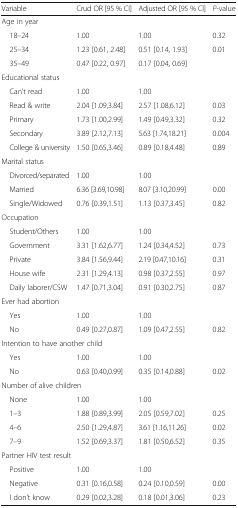
<table><thead><tr><td><b>Variable</b></td><td><b>Crud OR [95 % CI]</b></td><td><b>Adjusted OR [95 % CI]</b></td><td><b><i>P</i>-value</b></td></tr></thead><tbody><tr><td colspan="4">Age in year</td></tr><tr><td> 18–24</td><td>1.00</td><td>1.00</td><td>0.32</td></tr><tr><td> 25–34</td><td>1.23 [0.61, 2.48]</td><td>0.51 [0.14, 1.93]</td><td>0.01</td></tr><tr><td> 35–49</td><td>0.47 [0.22, 0.97]</td><td>0.17 [0.04, 0.69]</td><td>[EMPTY_CELL]</td></tr><tr><td colspan="4">Educational status</td></tr><tr><td> Can’t read</td><td>1.00</td><td>1.00</td><td>[EMPTY_CELL]</td></tr><tr><td> Read &amp; write</td><td>2.04 [1.09,3.84]</td><td>2.57 [1.08,6.12]</td><td>0.03</td></tr><tr><td> Primary</td><td>1.73 [1.00,2.99]</td><td>1.49 [0.49,3.32]</td><td>0.32</td></tr><tr><td> Secondary</td><td>3.89 [2.12,7.13]</td><td>5.63 [1.74,18.21]</td><td>0.004</td></tr><tr><td> College &amp; university</td><td>1.50 [0.65,3.46]</td><td>0.89 [0.18,4.48]</td><td>0.89</td></tr><tr><td colspan="4">Marital status</td></tr><tr><td> Divorced/separated</td><td>1.00</td><td>1.00</td><td>[EMPTY_CELL]</td></tr><tr><td> Married</td><td>6.36 [3.69,10.98]</td><td>8.07 [3.10,20.99]</td><td>0.00</td></tr><tr><td> Single/Widowed</td><td>0.76 [0.39,1.51]</td><td>1.13 [0.37,3.45]</td><td>0.82</td></tr><tr><td colspan="4">Occupation</td></tr><tr><td> Student/Others</td><td>1.00</td><td>1.00</td><td>[EMPTY_CELL]</td></tr><tr><td> Government</td><td>3.31 [1.62,6.77]</td><td>1.24 [0.34,4.52]</td><td>0.73</td></tr><tr><td> Private</td><td>3.84 [1.56,9.44]</td><td>2.19 [0.47,10.16]</td><td>0.31</td></tr><tr><td> House wife</td><td>2.31 [1.29,4.13]</td><td>0.98 [0.37,2.55]</td><td>0.97</td></tr><tr><td> Daily laborer/CSW</td><td>1.47 [0.71,3.04]</td><td>0.91 [0.30,2.75]</td><td>0.87</td></tr><tr><td colspan="4">Ever had abortion</td></tr><tr><td> Yes</td><td>1.00</td><td>1.00</td><td>[EMPTY_CELL]</td></tr><tr><td> No</td><td>0.49 [0.27,0.87]</td><td>1.09 [0.47,2.55]</td><td>0.82</td></tr><tr><td colspan="4">Intention to have another child</td></tr><tr><td> Yes</td><td>1.00</td><td>1.00</td><td>[EMPTY_CELL]</td></tr><tr><td> No</td><td>0.63 [0.40,0.99]</td><td>0.35 [0.14,0.88]</td><td>0.02</td></tr><tr><td colspan="4">Number of alive children</td></tr><tr><td> None</td><td>1.00</td><td>1.00</td><td>[EMPTY_CELL]</td></tr><tr><td> 1–3</td><td>1.88 [0.89,3.99]</td><td>2.05 [0.59,7.02]</td><td>0.25</td></tr><tr><td> 4–6</td><td>2.50 [1.29,4.87]</td><td>3.61 [1.16,11.26]</td><td>0.02</td></tr><tr><td> 7–9</td><td>1.52 [0.69,3.37]</td><td>1.81 [0.50,6.52]</td><td>0.35</td></tr><tr><td colspan="4">Partner HIV test result</td></tr><tr><td> Positive</td><td>1.00</td><td>1.00</td><td>[EMPTY_CELL]</td></tr><tr><td> Negative</td><td>0.31 [0.16,0.58]</td><td>0.24 [0.10,0.59]</td><td>0.00</td></tr><tr><td> I don’t know</td><td>0.29 [0.02,3.28]</td><td>0.18 [0.01,3.06]</td><td>0.23</td></tr></tbody></table>